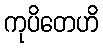
ကုပိတေဟိ